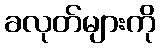
ခလုတ်များကို